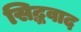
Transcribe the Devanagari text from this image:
सिद्धवाद